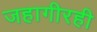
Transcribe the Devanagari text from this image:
जहागीरही